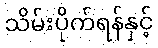
သိမ်းပိုက်ရန်နှင့်